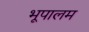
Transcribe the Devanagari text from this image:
भूपालम